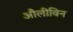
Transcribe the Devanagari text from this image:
औलीविन